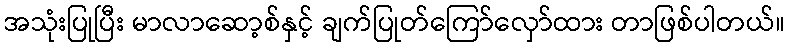
အသုံးပြုပြီး မာလာဆော့စ်နှင့် ချက်ပြုတ်ကြော်လှော်ထား တာဖြစ်ပါတယ်။